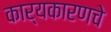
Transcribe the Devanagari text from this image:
कार्यकारणचे